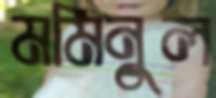
মমিনুল